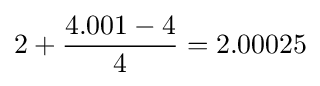
2+{\frac {4.001-4}{4}}=2.00025